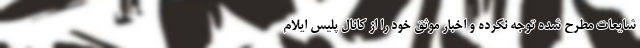
شایعات مطرح شده توجه نکرده و اخبار موثق خود را از کانال پلیس ایلام